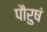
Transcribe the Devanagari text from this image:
पौरुषं